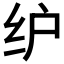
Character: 𰬁